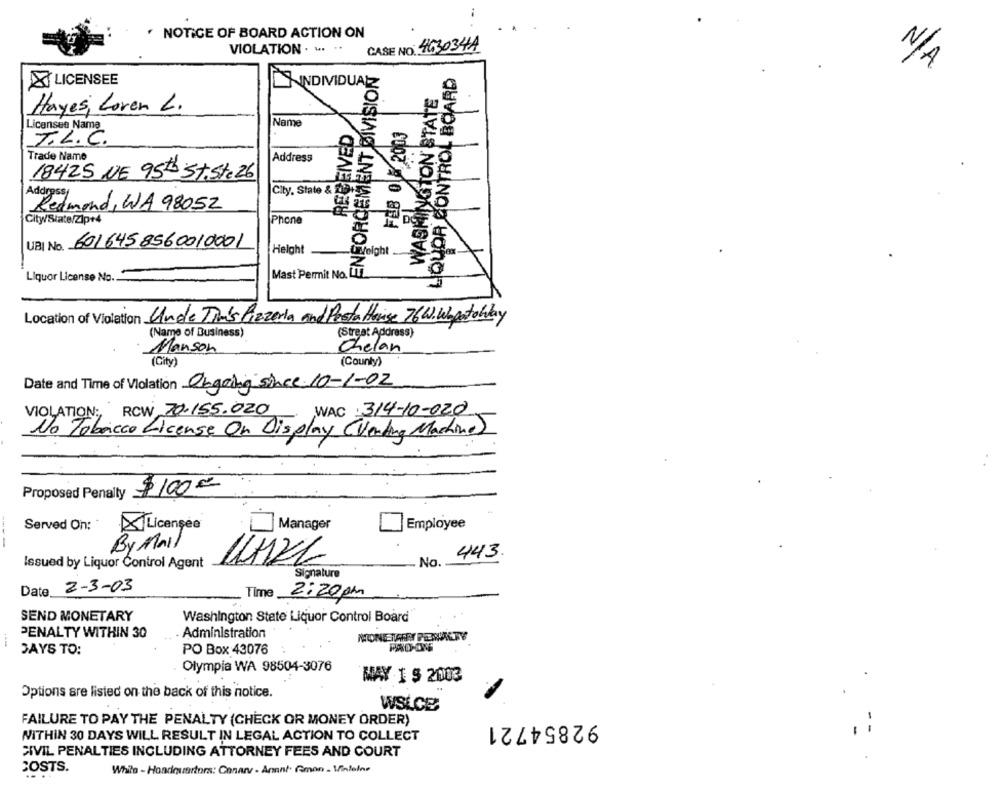
NOTICE OF BOARD ACTION ON
CASE NO: 463034A
VIOLATION . .. "
ENFORCEMENT DIVISION
LIQUOR CONTROL BOARD
LICENSEE
WASHINGTON STATE
Hayes, Loven L.
Licensee Nama
Name
RECEIVED
FEB OU 2003
T.L.C.
Trade Name
Address
sto
18425 NE 95th St. Ste 26
City, State & 210
Address
Redmond, WA 98052
City/State/Zlp+4
Phone
D
UBI No. 6016458560010001
Helght
Belght
Liquor License No.
Mast Permit No. LIT
Location of Violation Unde Tim's Pizzeria and Posta Heise 76W.Wbgatoway
(Name of Business)
(Straat Address)
Chelan
Manson
( City)
(County)
Date and Time of Violation Obgoing Since 10-1-02
VIOLATION :, RCW 70.155.020
,WAC 314-10-020
No Tobacco License On Display (Vending Machine)
Proposed Penalty $100 €
Served On:
A Licenses
Manager
Employee
By Mail
443
No.
Issued by Liquor Control Agent
Signature
Date
2-3-03
Time
2:20pm
SEND MONETARY
Washington State Liquor Control Board
PENALTY WITHIN 30
Administration
MONETARY PENALTY
SAYS TO:
PO Box 43076
Olympia WA 98504-3076
MAY I $ 2003
Options are listed on the back of this notice.
WSLCE
FAILURE TO PAY THE PENALTY (CHECK OR MONEY ORDER)
92854721
WITHIN 30 DAYS WILL RESULT IN LEGAL ACTION TO COLLECT
CIVIL PENALTIES INCLUDING ATTORNEY FEES AND COURT
COSTS.
White - Headquarters: Cananv - Annat: Roman - Vialeins